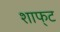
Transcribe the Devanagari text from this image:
शाफ्‌ट